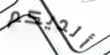
ألديكم